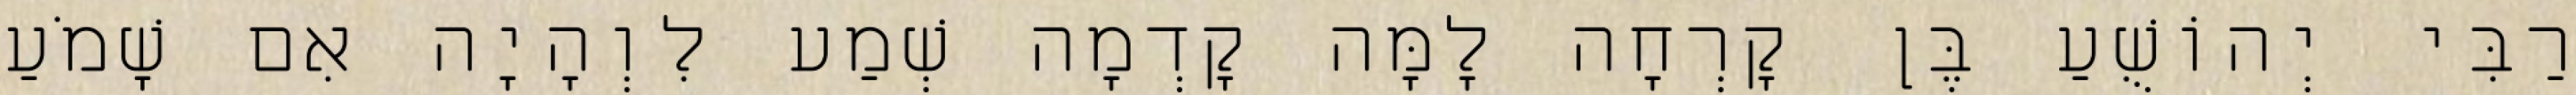
רַבִּי יְהוֹשֻׁעַ בֶּן קָרְחָה לָמָּה קָדְמָה שְׁמַע לִוְהָיָה אִם שָׁמֹעַ